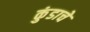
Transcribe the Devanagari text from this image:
कुंडाचे